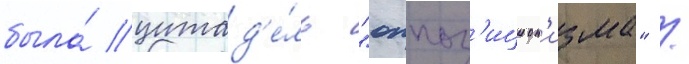
была́ цитад'е́ль "оппоз'ицион'изма" /